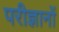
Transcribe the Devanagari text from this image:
परीज्ञानों